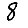
Digit: 8